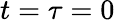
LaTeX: t=\tau=0